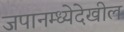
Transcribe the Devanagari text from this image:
जपानम्ध्येदेखील